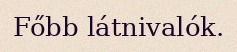
Főbb látnivalók.